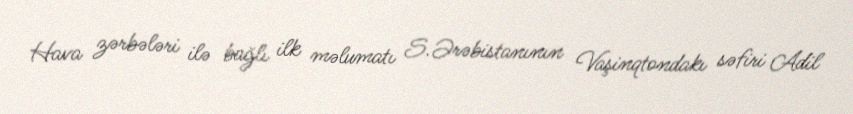
Hava zərbələri ilə bağlı ilk məlumatı S.Ərəbistanının Vaşinqtondakı səfiri Adil